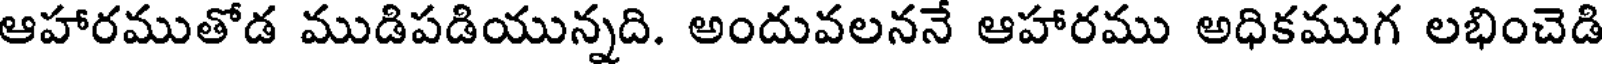
ఆహారముతోడ ముడిపడియున్నది. అందువలననే ఆహారము అధికముగ లభించెడి